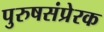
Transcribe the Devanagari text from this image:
पुरुषसंप्रेरक